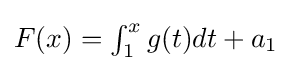
{\textstyle F(x)=\int _{1}^{x}g(t)dt+a_{1}}